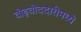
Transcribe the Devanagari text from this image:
वोइवोददारीमध्ये